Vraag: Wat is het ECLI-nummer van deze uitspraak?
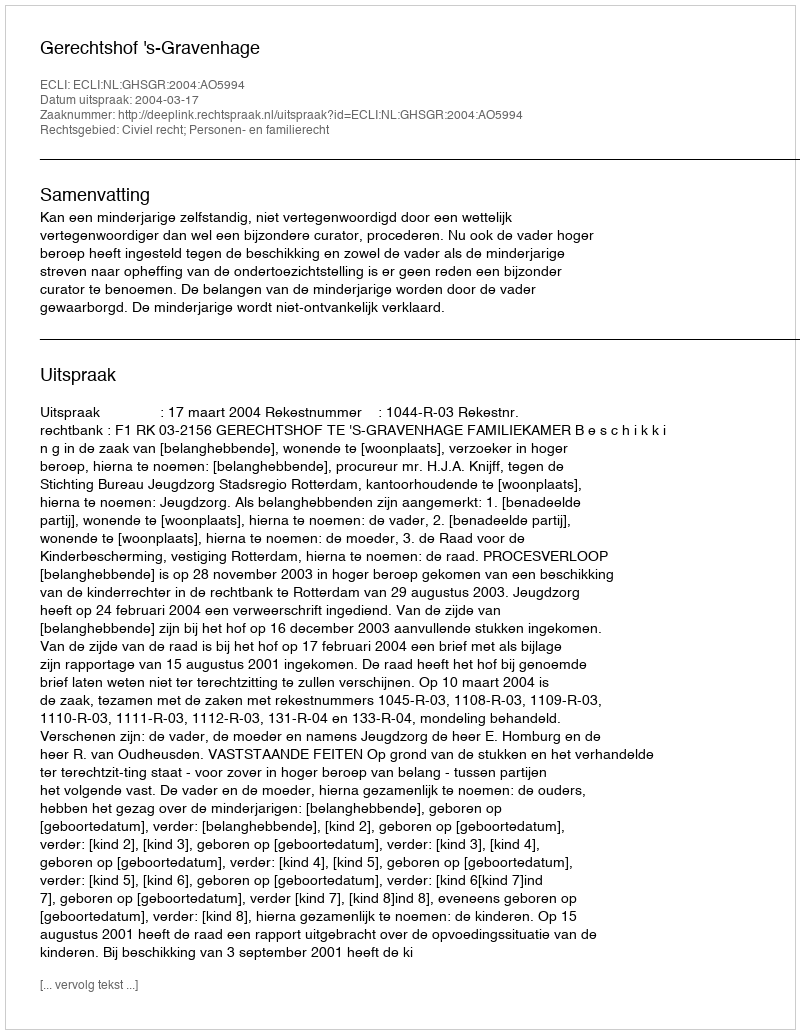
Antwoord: ECLI:NL:GHSGR:2004:AO5994